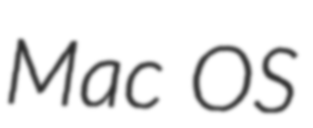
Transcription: Mac OS